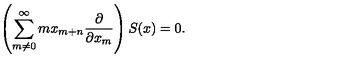
\left( \sum _ { m \neq 0 } ^ { \infty } { m x _ { m + n } { \frac { \partial } { \partial x _ { m } } } } \right) S ( x ) = 0 .